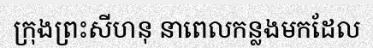
ក្រុងព្រះសីហនុ នាពេលកន្លងមកដែល